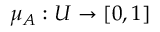
\mu _ { A } : U \to [ 0 , 1 ]